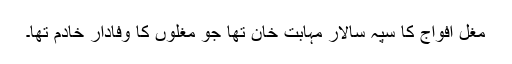
مغل افواج کا سپہ سالار مہابت خان تھا جو مغلوں کا وفادار خادم تھا۔